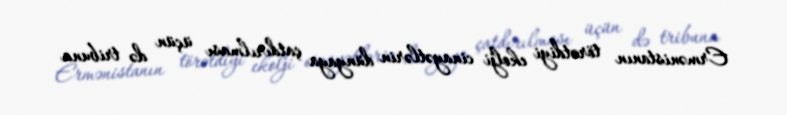
Ermənistanın törətdiyi ekolji cinayətlərin dünyaya çatdırılması üçün də tribuna